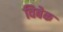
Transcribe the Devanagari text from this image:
विबेक